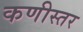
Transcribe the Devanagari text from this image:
कणीस्तर